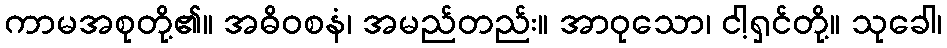
ကာမအစုတို့၏။ အဓိဝစနံ၊ အမည်တည်း။ အာဝုသော၊ ငါ့ရှင်တို့။ သုခေါ၊